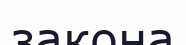
закона